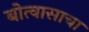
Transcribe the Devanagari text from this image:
बोत्वासाचा